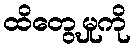
ထိတွေ့မှုကို